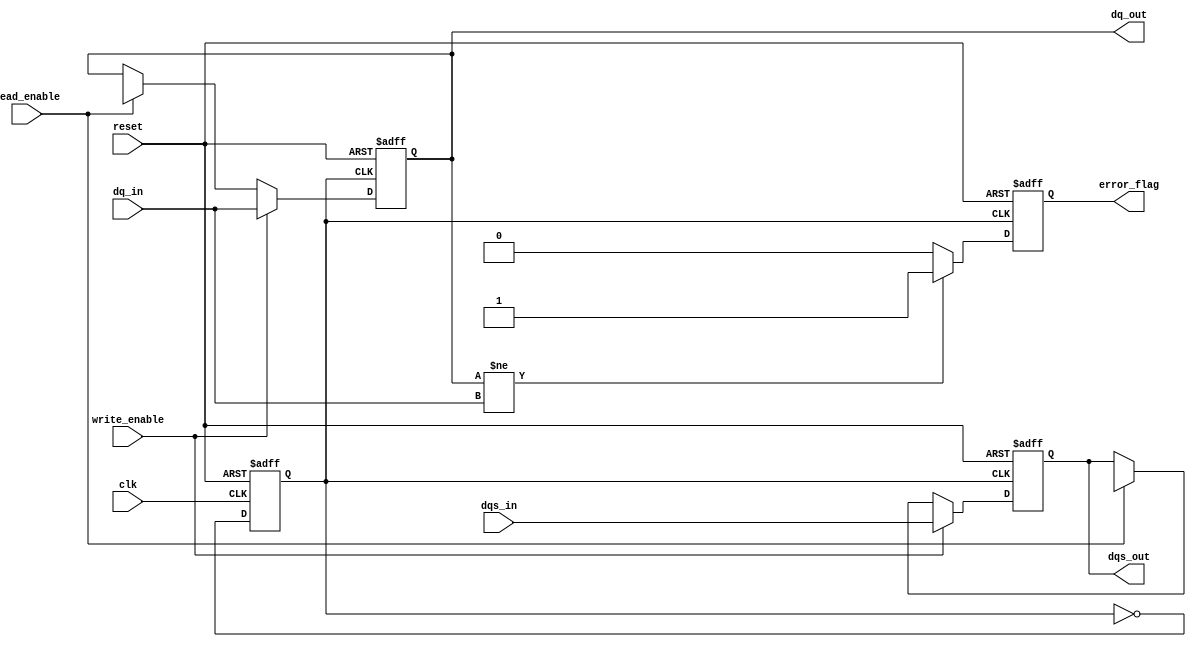
module gddr6_io_block #(
    parameter DATA_WIDTH = 16, // Width of DQ lines
    parameter DQS_WIDTH = 2,    // Width of DQS lines
    parameter CLK_DIV = 2        // Clock division factor
)(
    input wire clk,               // Input clock
    input wire reset,             // Reset signal
    input wire [DATA_WIDTH-1:0] dq_in,  // Data input
    output reg [DATA_WIDTH-1:0] dq_out, // Data output
    input wire [DQS_WIDTH-1:0] dqs_in,   // Data strobe input
    output reg [DQS_WIDTH-1:0] dqs_out,  // Data strobe output
    input wire read_enable,       // Read enable signal
    input wire write_enable,      // Write enable signal
    output reg error_flag         // Error detection flag
);

// Internal signals
reg [DATA_WIDTH-1:0] data_buffer;
reg [DQS_WIDTH-1:0] dqs_buffer;
reg [2:0] error_count;          // Simple error counter
reg thermal_sensor;             // Placeholder for thermal sensor

// PLL for generating clock frequencies (simplified)
reg clk_out;
always @(posedge clk or posedge reset) begin
    if (reset) begin
        clk_out <= 0;
    end else begin
        clk_out <= ~clk_out; // Simple clock toggling for demonstration
    end
end

// Data transfer logic
always @(posedge clk_out or posedge reset) begin
    if (reset) begin
        dq_out <= 0;
        dqs_out <= 0;
        error_flag <= 0;
        error_count <= 0;
    end else begin
        if (write_enable) begin
            dq_out <= dq_in; // Write data to output
            dqs_out <= dqs_in; // Drive DQS for write
        end else if (read_enable) begin
            dq_out <= data_buffer; // Read data from buffer
            dqs_out <= dqs_buffer; // Drive DQS for read
        end
        
        // Dummy error detection mechanism
        if (dq_out != dq_in) begin
            error_flag <= 1;
            error_count <= error_count + 1;
        end else begin
            error_flag <= 0;
        end
    end
end

// Error correction logic (simple parity check for demonstration)
always @(posedge clk_out) begin
    // Implement simple ECC (Error Correction Code) here if needed
    // This is a placeholder for ECC logic
end

// Thermal management placeholder
always @(posedge clk_out) begin
    // Implement thermal management logic here if needed
end

endmodule